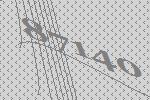
87140